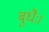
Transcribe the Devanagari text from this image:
बुधैः।